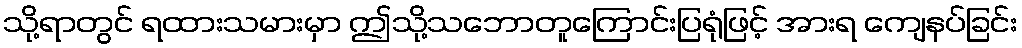
သို့ရာတွင် ရထားသမားမှာ ဤသို့သဘောတူကြောင်းပြရုံဖြင့် အားရ ကျေနပ်ခြင်း